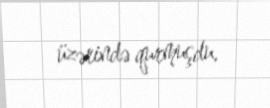
üzərində qurmuşdu.